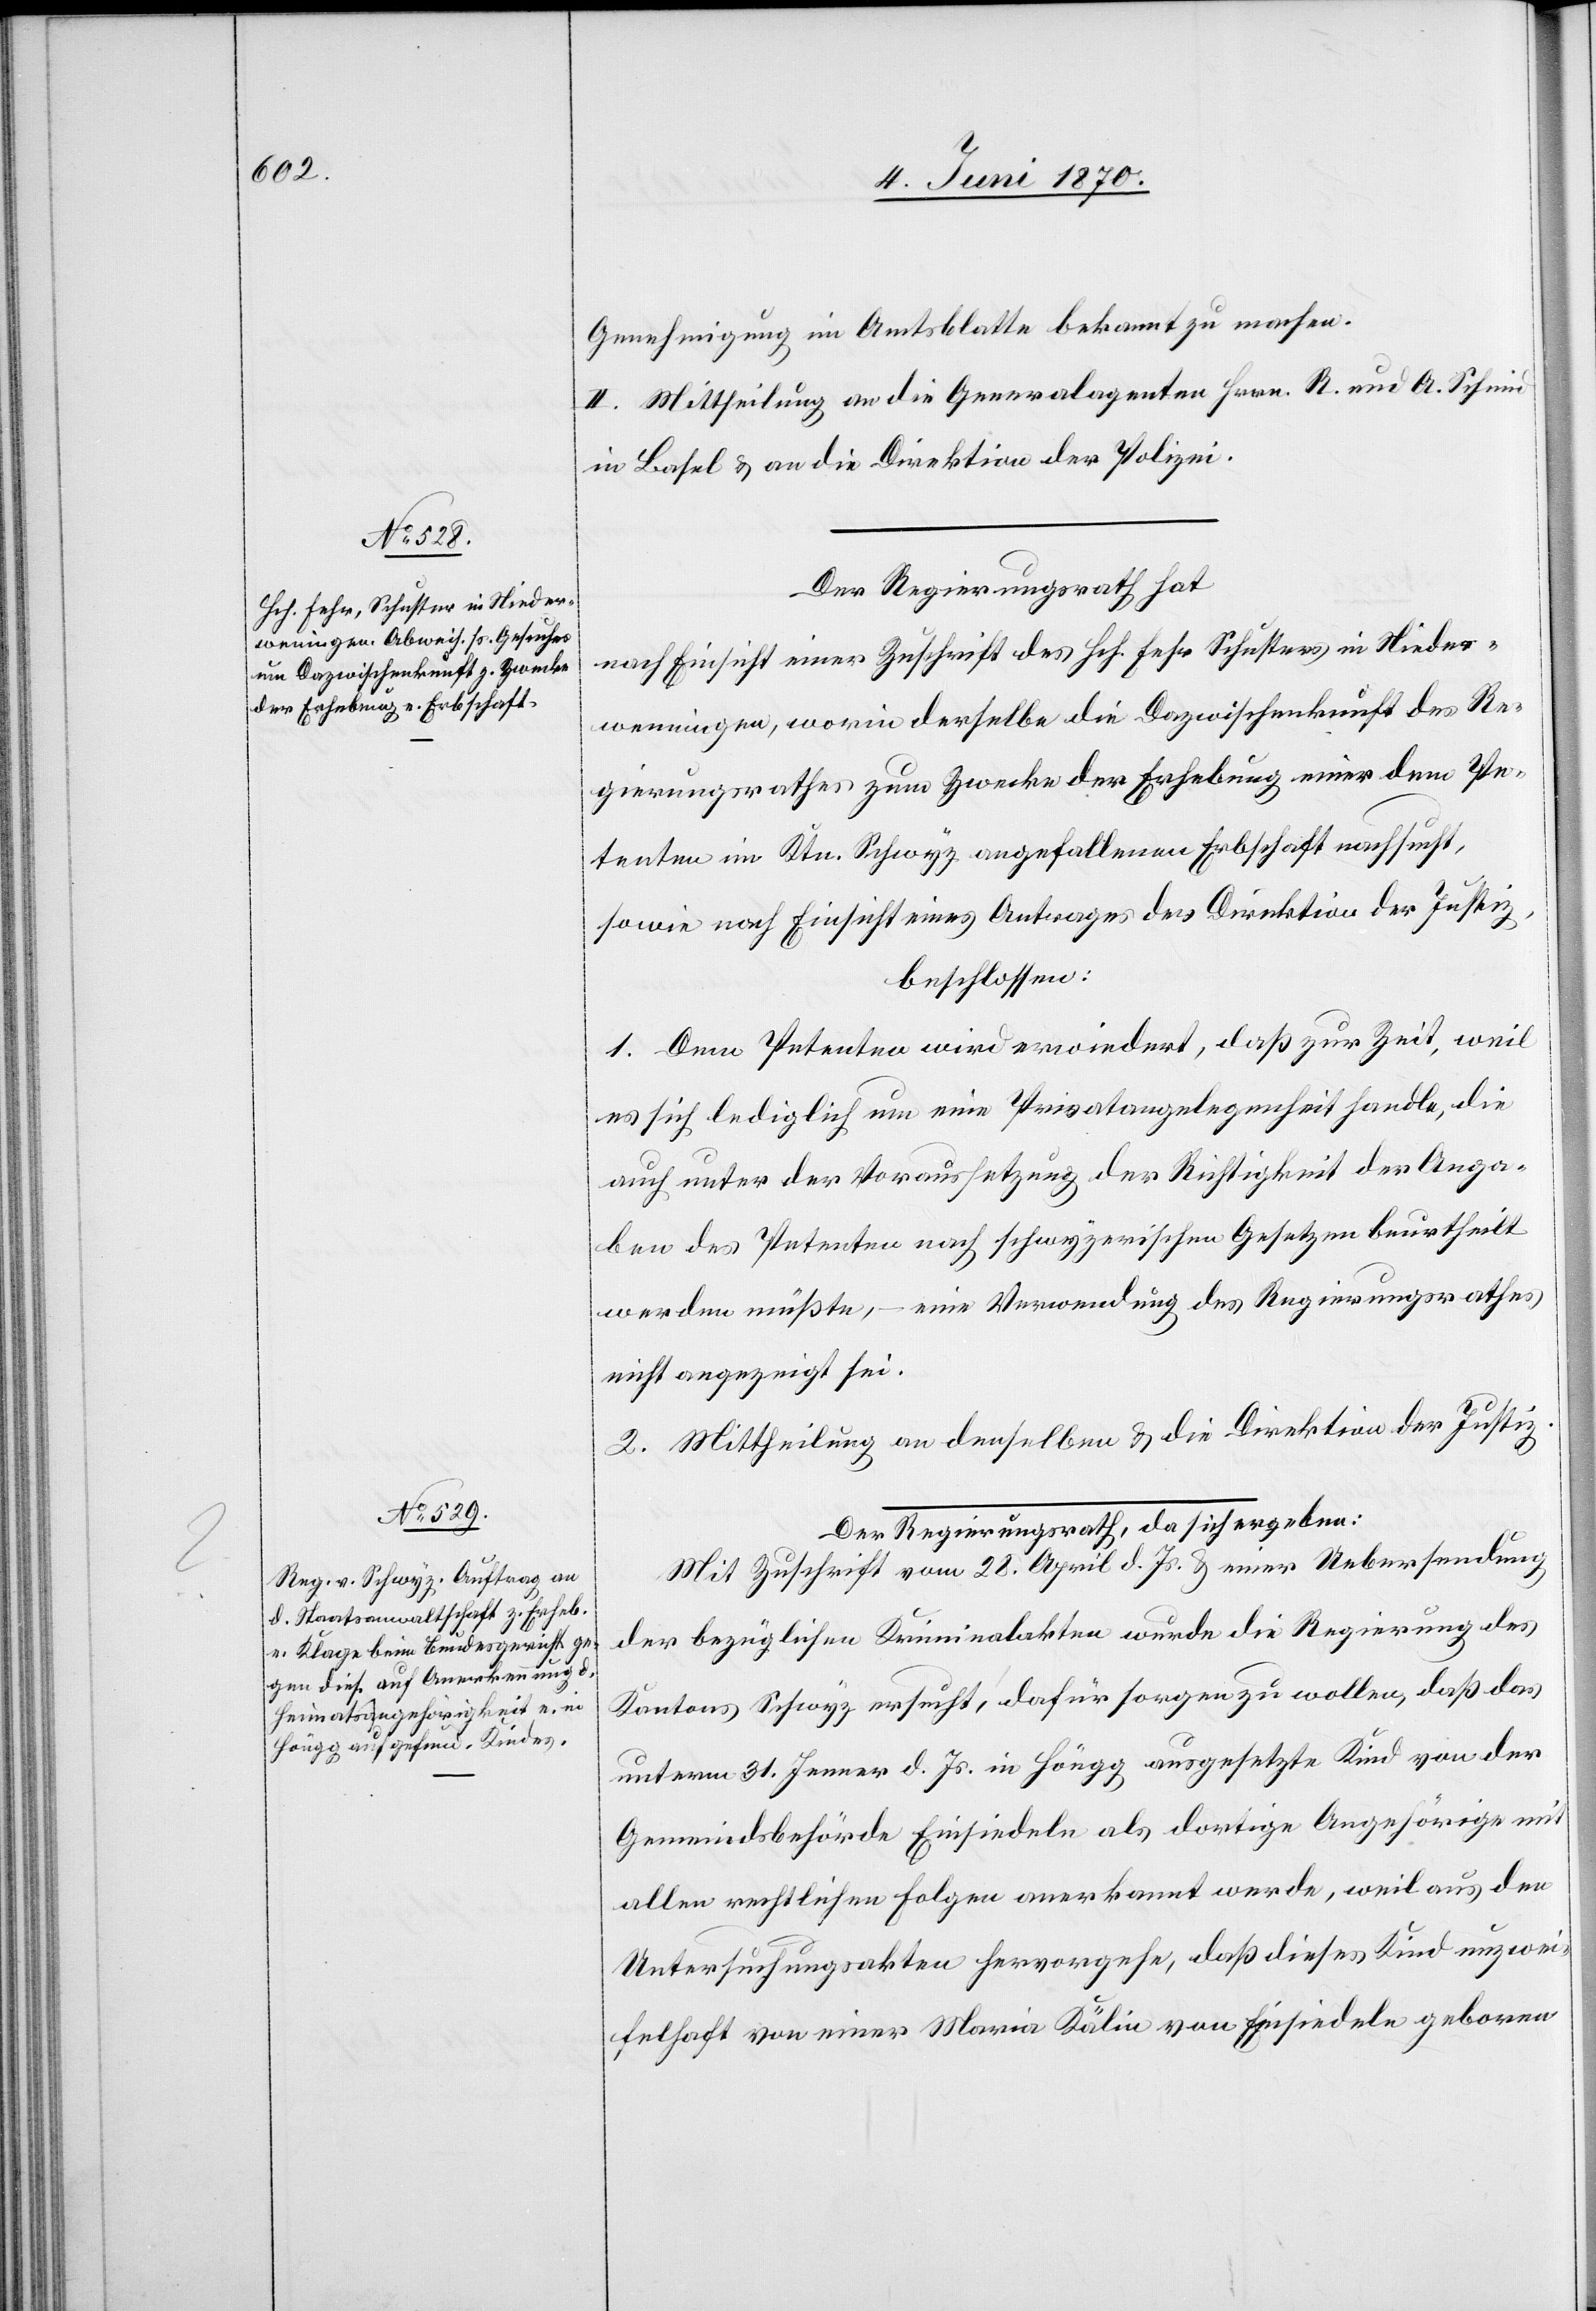
Genehmigung im Amtsblatte bekannt zu machen.
II. Mittheilung an die Generalagenten Herrn R. und A. Schmid
in Basel & an die Direktion der Polizei.
Der Regierungsrath hat
nach Einsicht einer Zuschrift des Hch. Fehr Schusters in Nieder¬
wenningen, worin derselbe die Dazwischenkunft des Re¬
gierungsrathes zum Zwecke der Erhebung einer dem Pe¬
tenten im Ktn. Schwyz angefallenen Erbschaft nachsucht,
so wie nach Einsicht eines Antrages der Direktion der Justiz,
beschlossen:
1. Dem Petenten wird erwiedert, daß zur Zeit, weil
es sich lediglich um eine Privatangelegenheit handle, die
auch unter der Voraussetzung der Richtigkeit der Anga¬
ben des Petenten nach schwyzerischen Gesetzen beurtheilt
werden müßte, – eine Verwendung des Regierungsrathes
nicht angezeigt sei.
2. Mittheilung an denselben & an die Direktion der Justiz.
Der Regierungsrath, da sich ergeben:
Mit Zuschrift vom 28. April d. Js. & einer Uebersendung
der bezüglichen Kriminalakten wurde die Regierung des
Kantons Schwyz ersucht, dafür sorgen zu wollen, daß das
unterm 31. Jenner d. Js. in Höngg ausgesetzte Kind von der
Gemeindsbehörde Einsiedeln als dortige Angehörige mit
allen rechtlichen Folgen anerkannt werde, weil aus den
Untersuchungsakten hervorgehe, daß dieses Kind unzwei¬
felhaft von einer Maria Kälin von Einsiedeln geboren